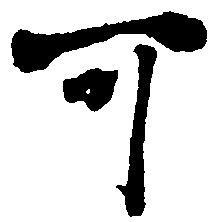
可